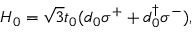
H _ { 0 } = \sqrt { 3 } t _ { 0 } ( d _ { 0 } \sigma ^ { + } + d _ { 0 } ^ { \dagger } \sigma ^ { - } ) ,